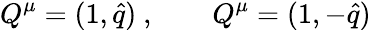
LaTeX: Q^{\mu}=(1,\hat{q})\ ,\qquad Q^{\mu}=(1,-\hat{q})